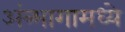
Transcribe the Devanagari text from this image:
अंत्र्भागामध्ये